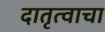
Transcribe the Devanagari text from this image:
दातृत्वाचा